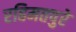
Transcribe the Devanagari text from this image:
रहिमतपुरे